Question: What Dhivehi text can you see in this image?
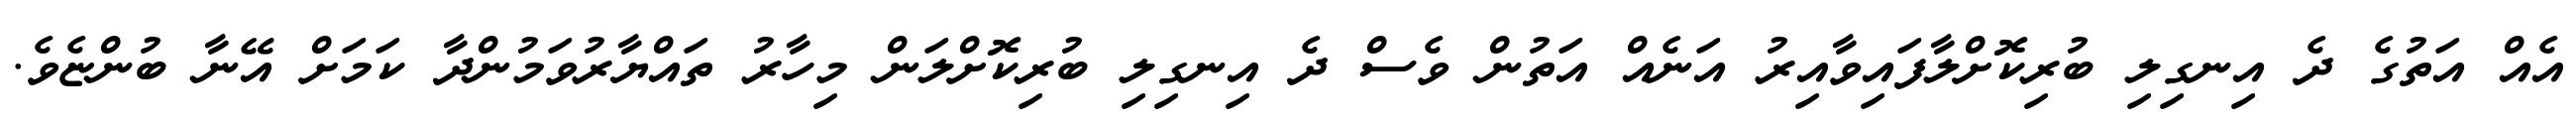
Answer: އެއް އަތުގެ ދެ އިނގިލި ބުރިކޮށްލާފައިވާއިރު އަނެއް އަތުން ވެސް ދެ އިނގިލި ބުރިކޮށްލަން މިހާރު ތައްޔާރުވަމުންދާ ކަމަށް އޭނާ ބުންޏެވެ.